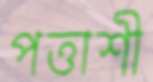
পত্তাশী